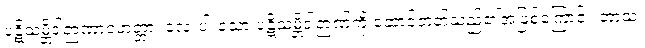
ပဋိသမ္ဘိဒါဉာဏာဝဟတ္တာ၊ လေးပါးသော ပဋိသမ္ဘိဒါဉာဏ်ကို ဆောင်တတ်သည်၏အဖြစ်ကြောင့်။ တာသံ၊